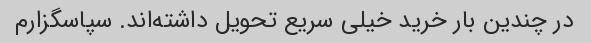
در چندین بار خرید خیلی سریع تحویل داشته‌اند. سپاسگزارم